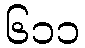
၆၁၁